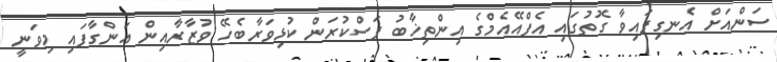
ސަންއަށް އެނގިފައިވާ ގޮތުގައި އެފްއޭއެމްގެ އިންތިޚާބު ފަސްކުރަން ކުޅިވަރާބެހޭ ވުޒާރާއިން އަންގާފައި މިވަނީ